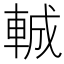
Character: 𮝍